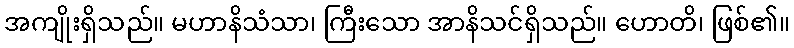
အကျိုးရှိသည်။ မဟာနိသံသာ၊ ကြီးသော အာနိသင်ရှိသည်။ ဟောတိ၊ ဖြစ်၏။